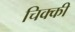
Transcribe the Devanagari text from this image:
चिक्‍की